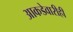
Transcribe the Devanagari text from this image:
आकडेवारीही